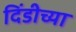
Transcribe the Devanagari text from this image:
दिंडीच्या